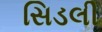
સિડલી